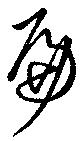
扁